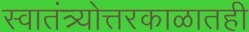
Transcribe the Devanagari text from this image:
स्वातंत्र्योत्तरकाळातही